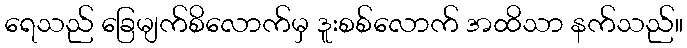
ရေသည် ခြေမျက်စိလောက်မှ ဒူးစစ်လောက် အထိသာ နက်သည်။